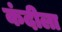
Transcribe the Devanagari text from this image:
कंदीला